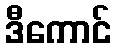
ဒီကောင်